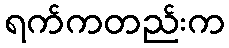
ရက်ကတည်းက